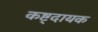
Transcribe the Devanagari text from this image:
कष्ट्दायक